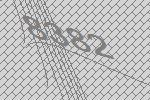
8382